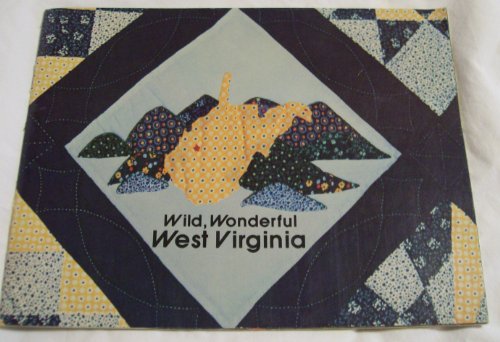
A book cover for Wild, wonderful West Virginia; Mary Cobb; Travel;